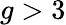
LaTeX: g>3